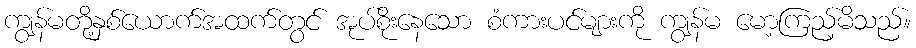
ကျွန်မတို့နှစ်ယောက်အထက်တွင် အုပ်စိုးနေသော စံကားပင်များကို ကျွန်မ မော့ကြည့်မိသည်။